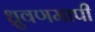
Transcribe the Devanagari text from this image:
ध्रुवणमापी